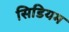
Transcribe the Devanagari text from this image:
सिडियम